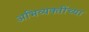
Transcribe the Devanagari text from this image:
अभिव्यक्तींच्या